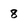
Character: 8